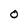
Character: O